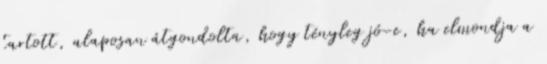
tartott, alaposan átgondolta, hogy tényleg jó-e, ha elmondja a